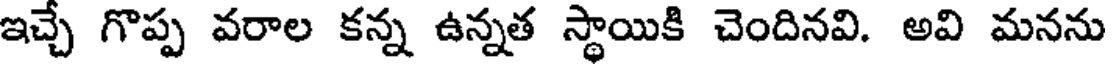
ఇచ్చే గొప్ప వరాల కన్న ఉన్నత స్థాయికి చెందినవి. అవి మనను